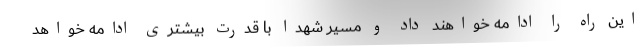
این راه را ادامه خواهند داد و مسیر شهدا با قدرت بیشتری ادامه خواهد